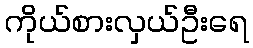
ကိုယ်စားလှယ်ဦးရေ